King Institute of Preventive Medicine Micro-Biological Section reports 1909-11
Year: 1909
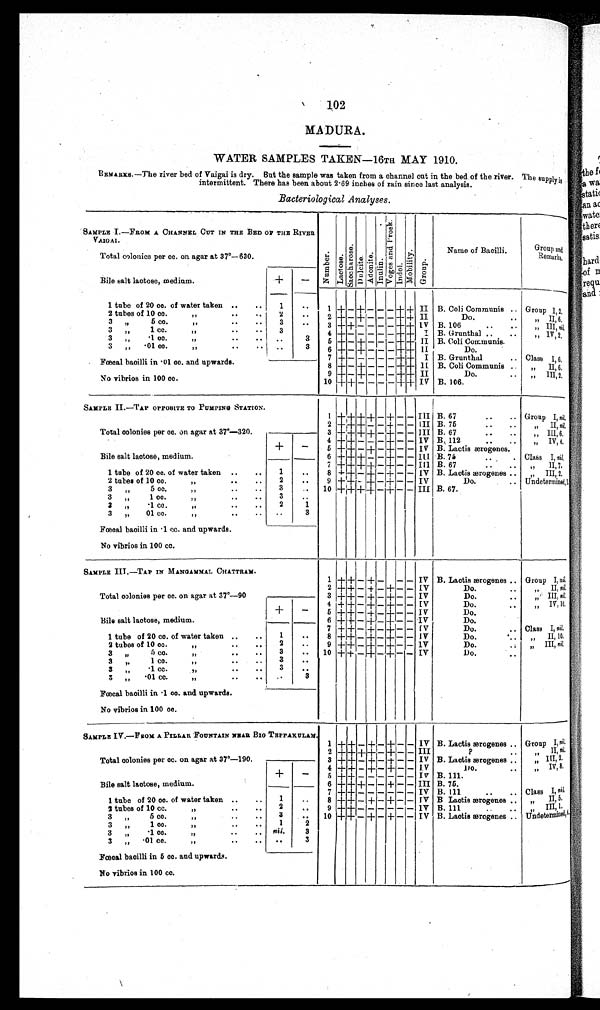
102
MADURA.
WATER SAMPLES TAKEN—16TH MAY 1910.
REMARKS.—The river bed of Vaigai is dry. But the sample was taken from a channel cut in the bed of the river. The supply is
intermittent. There has been about 2·69 inches of rain since last analysis.
Bacteriological Analyses.
SAMPLE I.—FROM A CHANNEL CUT IN THE BED OF THE RIVER VAIGAL.
Number.Lact ose.Sacchar os e.Dulcite.Adoni t e. Inulin.
V o g e s a n d P r o s k .
Lndol.Mobi l i t y.Group.
Name of Bacilli.
Group and
Remarks
.
Total colonies per cc. on agar at 37°—630.
Bile salt lactose, medium.
+
–
1 tube of 20 cc. of water taken
1
1 + – +
–
– –
+
+ II B. Coli Communis
GroupI, 2.
2 tubes of 10 cc. ,,
2
2 + –
+
– – –
+ +
II
Do.
„ II, 6
3„ 5 cc. ,,
3
3
+
+
– – – –
+ +
IV B. 106
„ III, nil
,
3„ 1 cc. ,,
3
4 +
– – – – –
+ +
I B. Grunthal
„ IV,2.
3„ ·1cc. ,,
3
5
+ –
+
– – –
+ +
II B. Coli Communis.
3„ ·01 cc. ,,
3
6
+
– + – – –
+ +
II
Do.
7
+
– – – – –
+ +
I B. Grunthal
Class I, 6.
Fœcal bacilli in ·0l cc. and upwards.
8
+
– + – – –
+ +
I I B. Coli Communis
„ II, 6.
9
+
+
+
– – –
+ +
II
Do
„ III,
2.
No vibrios in 100 cc.
10
+ +
– – –
–
+ +
IV B. 106
SAMPLE II.—TAP OPPOSITE TO PUMPING STATION.
1
+ + + +
–
+
– –
III
B.67
GroupI, ni
l.
2
+ + +
– – + – – III B. 75
II, nil.
Total colonies per cc. on agar at 37°—320.
3
+ + + +
–
+
– – III B. 67
„ III, 6.
4
+ +
– – –
+
– – IV B. 112
„ IV, 4,
+
–
5
+
+
– +
–
+
– – IV B. Lactis ærogenes.
Bile salt lactose, medium.
6
+
+ + – – + – – III B. 75
Class I, nil.
7
+ + + +
–
+
– – III B. 67
,, 1I, 7.
1 tube of 20 cc. of water taken
1
8
+ +
– + – + – – IV B. Lactis ærogenes
„ III, 2.
2 tubes of 10 cc. ,,
2
9
+ +
–
+
– + – – IV
Do.
Undetermined, 1
3 ,, 5 cc. ,,
3
10
+ + + +
–
+
– – III B. 67.
3 ,, 1 cc. ,,
3
3 ,, ·1 cc. ,,
2
1
3 „·01 cc. ,,
3
Fœcal baoilli in ·1 cc. and upwards.
No vibrios in 100 cc.
SAMPLE III.—TAP IN MANGAMMAL CHATTRAM
1
+ +
– + –
– – IV B. Lactis ærogenes
Group I, nil.
2 + + –
+
–
+
– – IV
Do.
„ II, nil.
Total colonies per cc. on agar at 37°—90
3 + + – + – + – – IV
Do.
„ III, nil.
4 + + –
+
–
+
– – IV
Do.
„ IV, 10.
+
–
5 + +
– +
–
+
– – IV
Do.
Bile salt lactose, medium.
6 +
+
–
+
– + – – IV
Do.
7 + + – + –
+
– – IV
Do.
Class I, nil.
1 tube of 20 cc. of water taken
1
8
+
+ –
+
–
+
– – IV
Do.
„ II, 10.
2 tubes of 10 cc.
2
9 +
+
– + –
+
– – IV
Do.
„ III nil
.
3 „ 5 cc. ,,
3
10
+ +
–
+
–
+
– – IV
Do.
3 „ 1 cc. ,,
3
3 „ 1 cc. ,,
3
3 „·01 cc. ,,
3
Fœcal bacilli in ·1 cc. and upwards.
No vibrios in 100 cc.
SAMPLE IV.—FROM A PILLAR FOUNTAIN NEAR BIG TEPPAKULAM .
1
+ +
–
+
– + – – IV B. Lactis ærogenes
Group I, nil
2
+ + + +
–
+
– –
I I I
?
„ II
nil ,
Total colonies per cc. on agar at 37°—190.
3 + + –
+
–
+
– – IV B. Lactis ærogenes
„ III, 2.
4
+
+ –
+
–
+
– – IV
Do.
„ IV, 8.
+
–
5
+ +
– – – – – – IV B.111.
Bile salt lactose, medium.
6
+
+ + – – + – – III B. 75.
7
+ +
– – – – – – IV B. 111
Class I, nil.
1 tube of 20 cc. of water taken
1
8 + + – + – + – – IV B Lactis ærogenes
„ II, 5.
2 tubes of 10 cc. ,,
2
9
+ +
– – – – – – IV B. 111
„ III, 1.
3 „ 5 cc. ,,
3
10 +
+
– + – + – – IV B. Lactis ærogenes
Undetermine
d, 1.
3 „ 1 cc. ,,
1
2
3 „ ·1 cc. ,,
nil.
3
3 „ ·01 cc. ,,
3
Fœcal bacilli in 5 cc. and upwards.
No vibrios in 100 cc.